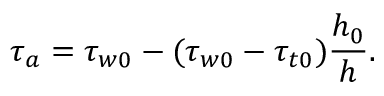
\tau _ { a } = \tau _ { w 0 } - ( \tau _ { w 0 } - \tau _ { t 0 } ) \frac { h _ { 0 } } { h } .